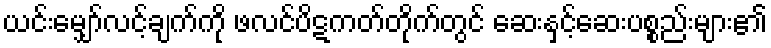
ယင်းမျှော်လင့်ချက်ကို ဖလင်ပိဋကတ်တိုက်တွင် ဆေးနှင့်ဆေးပစ္စည်းများ၏